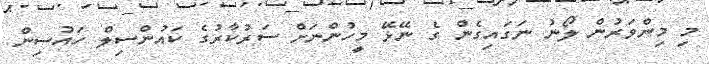
މި މިންވަރުން ލޯނު ނަގައިގެން ގެ ނޭޅޭ މީހުންނަށް ސަރުކާރުގެ ކައުންސިލް ހައުސިން